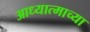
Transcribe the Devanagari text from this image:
आध्यात्माच्या